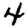
Digit: 4